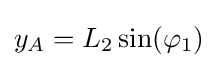
y_{A}=L_{2}\sin(\varphi _{1})